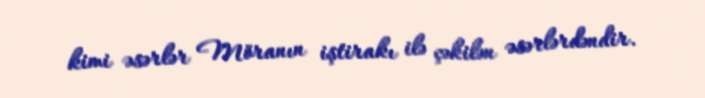
kimi əsərlər Möranın iştirakı ilə çəkilən əsərlərdəndir.